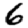
Digit: 6